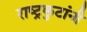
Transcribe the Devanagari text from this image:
राष्ट्रकुटांनी